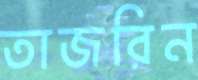
তাজরিন